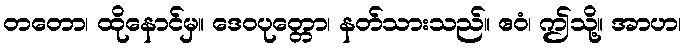
တတော၊ ထိုနောင်မှ။ ဒေဝပုတ္တော၊ နတ်သားသည်။ ဧဝံ၊ ဤသို့။ အာဟ၊